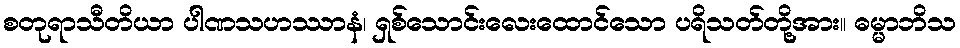
စတုရာသီတိယာ ပါဏသဟဿာနံ၊ ရှစ်သောင်းလေးထောင်သော ပရိသတ်တို့အား။ ဓမ္မာဘိသ